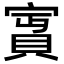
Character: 𡪛